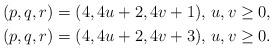
LaTeX: \begin{gather*}(p,q,r)=(4,4u+2,4v+1),\, u,v\geq 0,\\(p,q,r)=(4,4u+2,4v+3),\, u,v\geq 0.\end{gather*}